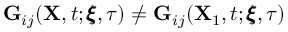
\mathbf { G } _ { i j } ( \mathbf { X } , t ; \pmb { \xi } , \tau ) \neq \mathbf { G } _ { i j } ( \mathbf { X } _ { 1 } , t ; \pmb { \xi } , \tau )